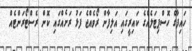
ހައިފާގެ ހޮސްޕިޓަލެއްގެ ކައިރީގައި އަލިފާން ރޯވެއްޖެ ފަޅު ރަށެއްގައި ކޮން ރެސްޓޯރަންޓެއް